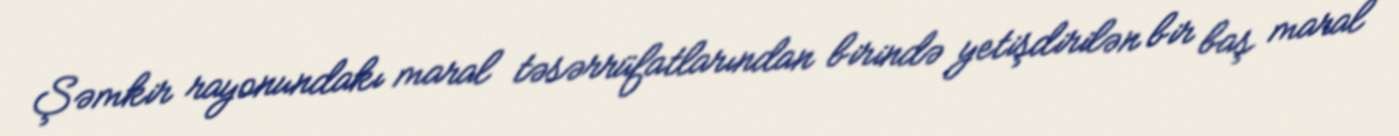
Şəmkir rayonundakı maral təsərrüfatlarından birində yetişdirilən bir baş maral